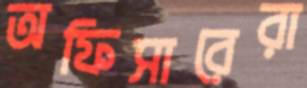
অফিসারেরা